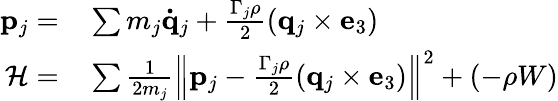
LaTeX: \begin{array}{rl}{\mathbf{p}_{j}=}&{{}\sum m_{j}\mathbf{\dot{q}}_{j}+\frac{\Gamma_{j}\rho}{2}\left(\mathbf{q}_{j}\times\mathbf{e}_{3}\right)}\\ {\mathcal{H}=}&{{}\sum\frac{1}{2m_{j}}\left\| \mathbf{p}_{j}-\frac{\Gamma_{j}\rho}{2}\left(\mathbf{q}_{j}\times\mathbf{e}_{3}\right)\right\| ^{2}+(-\rho W)}\end{array}